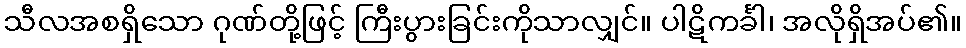
သီလအစရှိသော ဂုဏ်တို့ဖြင့် ကြီးပွားခြင်းကိုသာလျှင်။ ပါဋိကင်္ခါ၊ အလိုရှိအပ်၏။